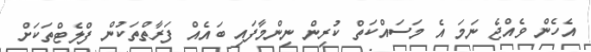
އެހެން ވެއްޖެ ނަމަ އެ މަސައްކަތް ކުރިން ނިންމާފައި ބައެއް ފަރާތްތަކުން ފްލެޓްތަކަށް